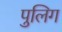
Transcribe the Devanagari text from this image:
पुलिग